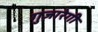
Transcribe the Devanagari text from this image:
गुज़ारेगी